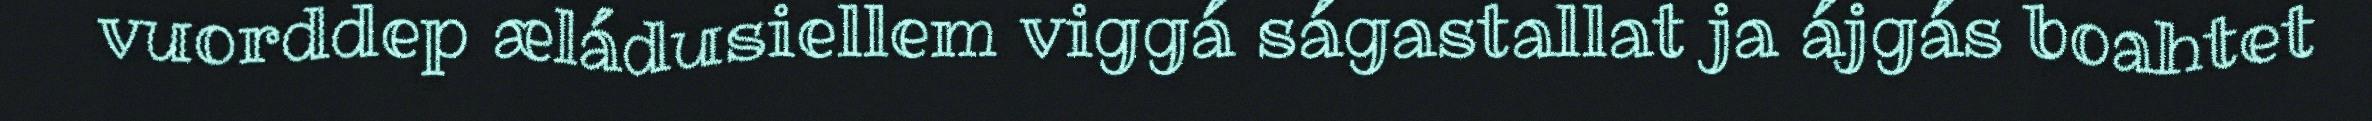
vuorddep æládusiellem viggá ságastallat ja ájgás boahtet